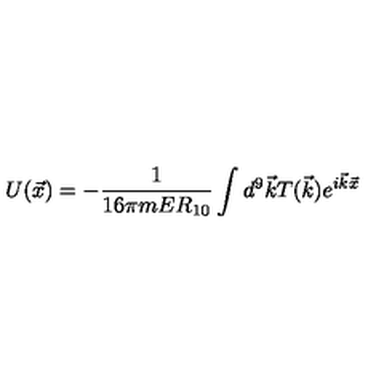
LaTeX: U ( \vec { x } ) = - \frac { 1 } { 1 6 \pi m E R _ { 1 0 } } \int { d ^ { 9 } \vec { k } T ( \vec { k } ) e ^ { i \vec { k } \vec { x } } }